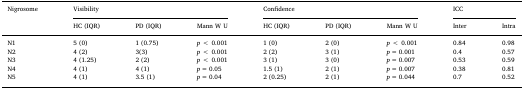
| <ROWSPAN=2> Nigrosome | <COLSPAN=3> Visibility | <COLSPAN=3> Confidence | <COLSPAN=2> ICC |
 | HC (IQR) | PD (IQR) | Mann W U | HC (IQR) | PD (IQR) | Mann W U | Inter | Intra |
 | --- | --- | --- | --- | --- | --- | --- | --- | --- |
 | N1 | 5 (0) | 1 (0.75) | p < 0.001 | 1 (0) | 2 (0) | p < 0.001 | 0.84 | 0.98 |
 | N2 | 4 (2) | 3(3) | p < 0.001 | 2 (2) | 3 (1) | p = 0.001 | 0.4 | 0.57 |
 | N3 | 4 (1.25) | 2 (2) | p < 0.001 | 3 (1) | 3 (0) | p = 0.007 | 0.53 | 0.59 |
 | N4 | 4 (1) | 4 (1) | p = 0.05 | 1.5 (1) | 2 (1) | p = 0.007 | 0.38 | 0.81 |
 | N5 | 4 (1) | 3.5 (1) | p = 0.04 | 2 (0.25) | 2 (1) | p = 0.044 | 0.7 | 0.52 |